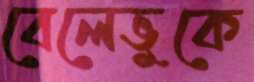
বেলেভুকে